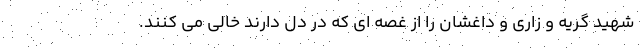
شهید گریه و زاری و داغشان را از غصه ای که در دل دارند خالی می کنند.